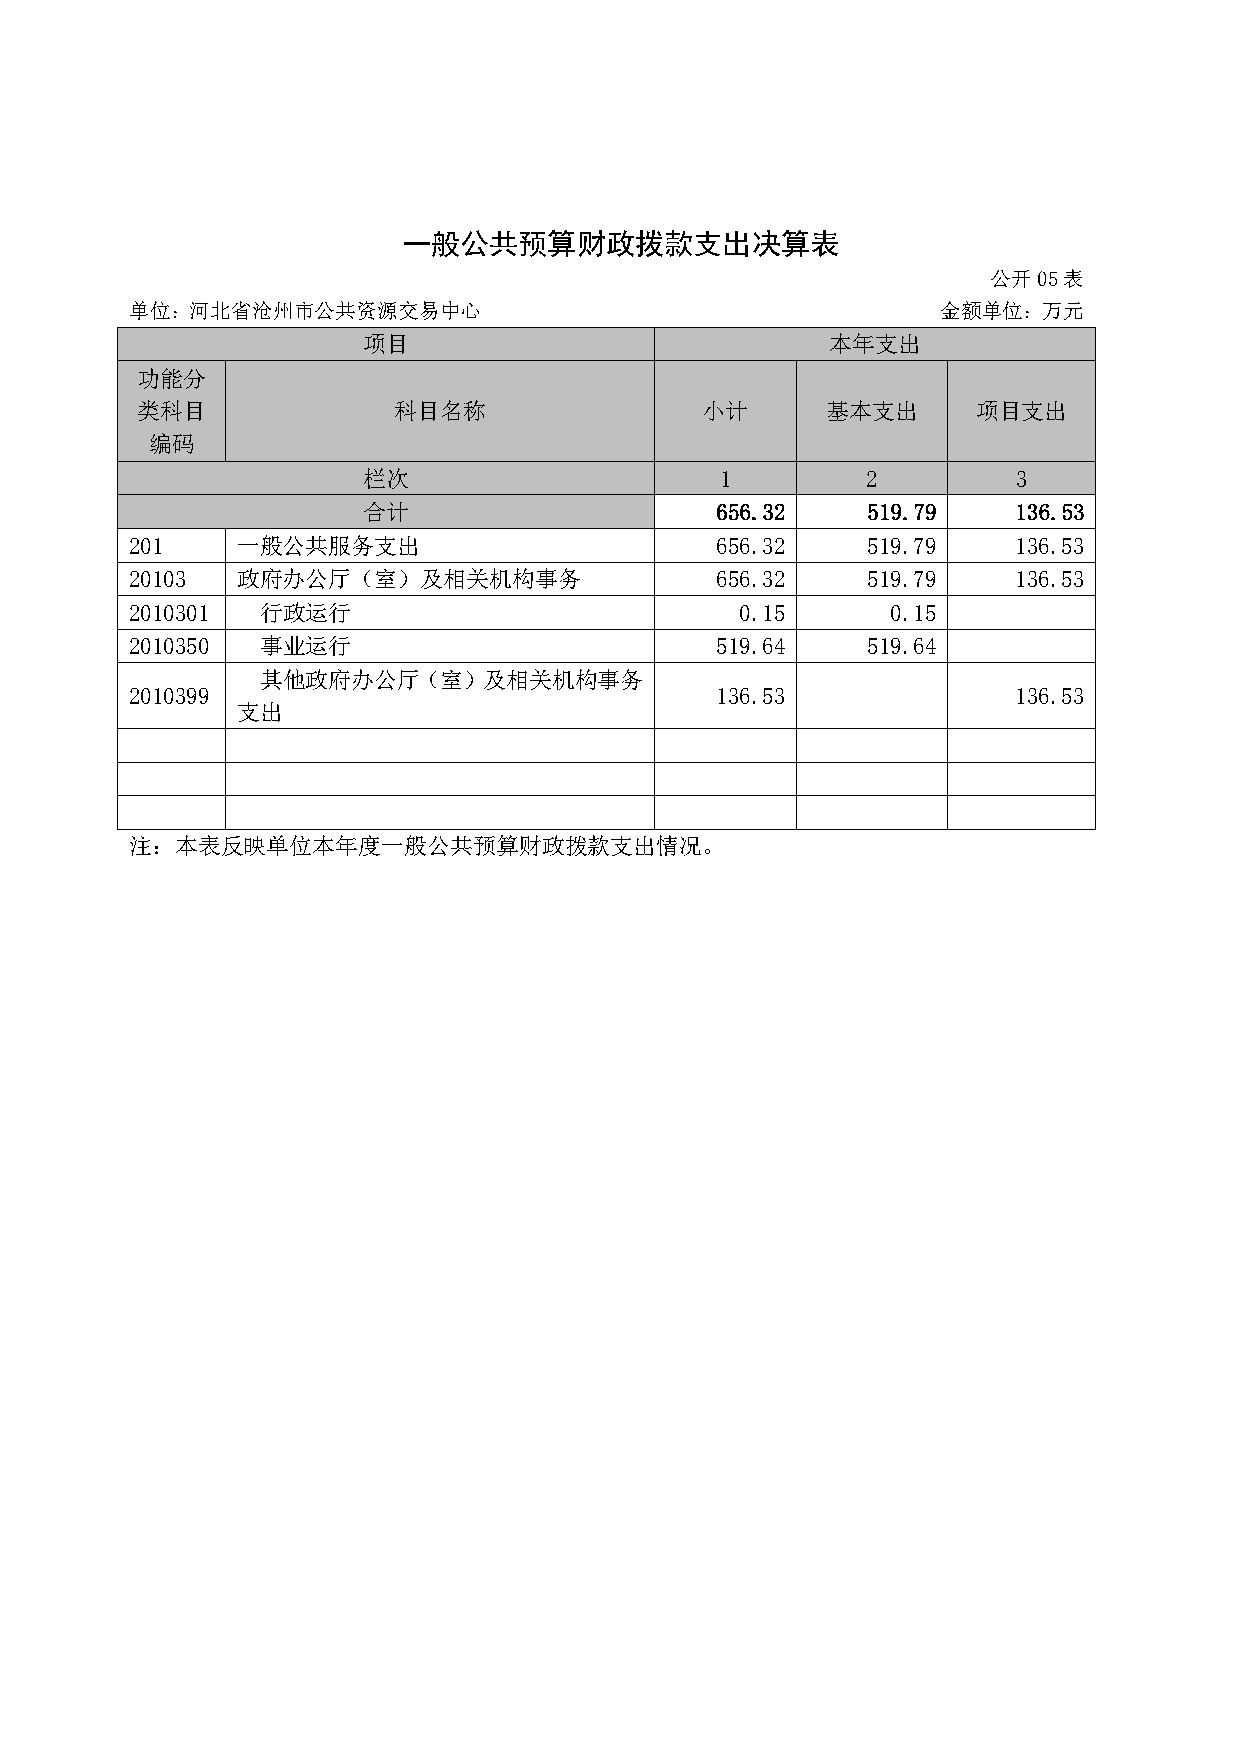
一般公共预算财政拨款支出决算表
 公开05表
 单位：河北省沧州市公共资源交易中心                                    金额单位：万元
 项目                             本年支出
 功能分
 类科目              科目名称                小计       基本支出      项目支出
 编码
 栏次                      1        2         3
 合计                     656.32    519.79    136.53
 201    一般公共服务支出                       656.32    519.79    136.53
 20103  政府办公厅（室）及相关机构事务                656.32    519.79    136.53
 2010301 行政运行                            0.15      0.15
 2010350 事业运行                          519.64    519.64
 其他政府办公厅（室）及相关机构事务
 2010399                               136.53              136.53
 支出
 注：本表反映单位本年度一般公共预算财政拨款支出情况。